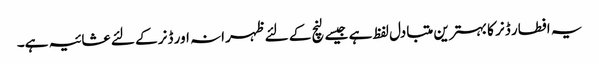
یہ افطار ڈنر کا بہترین متبادل لفظ ہے جیسے لنچ کے لئے ظہرانہ اور ڈنر کے لئے عشائیہ ہے۔